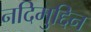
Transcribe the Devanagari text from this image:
नदिमुद्दिन